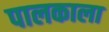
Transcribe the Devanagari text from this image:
पालकाला